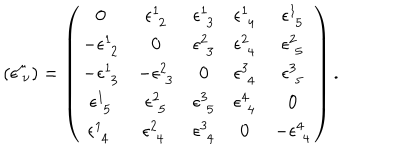
LaTeX: ( { \epsilon } _ { \ \nu } ^ { \mu } ) = \left( \begin{array} { c c c c c } { { 0 } } & { { \epsilon _ { \, \, 2 } ^ { 1 } } } & { { \epsilon _ { \, \, 3 } ^ { 1 } } } & { { \epsilon _ { \, \, 4 } ^ { 1 } } } & { { \epsilon _ { \, \, 5 } ^ { 1 } } } \\ { { - \epsilon _ { \, \, 2 } ^ { 1 } } } & { { 0 } } & { { \epsilon _ { \, \, 3 } ^ { 2 } } } & { { \epsilon _ { \, \, 4 } ^ { 2 } } } & { { \epsilon _ { \, \, 5 } ^ { 2 } } } \\ { { - \epsilon _ { \, \, 3 } ^ { 1 } } } & { { - \epsilon _ { \, \, 3 } ^ { 2 } } } & { { 0 } } & { { \epsilon _ { \, \, 4 } ^ { 3 } } } & { { \epsilon _ { \, \, 5 } ^ { 3 } } } \\ { { \epsilon _ { \, \, 5 } ^ { 1 } } } & { { \epsilon _ { \, \, 5 } ^ { 2 } } } & { { \epsilon _ { \, \, 5 } ^ { 3 } } } & { { \epsilon _ { \, \, 4 } ^ { 4 } } } & { { 0 } } \\ { { \epsilon _ { \, \, 4 } ^ { 1 } \ } } & { { \epsilon _ { \, \, 4 } ^ { 2 } \ } } & { { \epsilon _ { \, \, 4 } ^ { 3 } } } & { { 0 } } & { { - \epsilon _ { \, \, 4 } ^ { 4 } } } \\ \end{array} \right) .